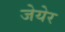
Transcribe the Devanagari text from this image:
जेयेर